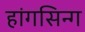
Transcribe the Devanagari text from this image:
हांगसिन्ग